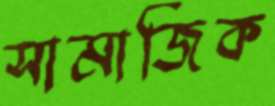
সামাজিক